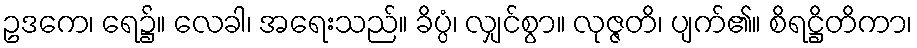
ဥဒကေ၊ ရေ၌။ လေခါ၊ အရေးသည်။ ခိပ္ပံ၊ လျှင်စွာ။ လုဇ္ဇတိ၊ ပျက်၏။ စိရဋ္ဌိတိကာ၊